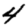
Digit: 4